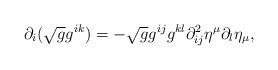
LaTeX: \begin{align*} \partial_{i}(\sqrt{g}g^{ik}) = -\sqrt{g} g^{ij}g^{kl} \partial_{ij}^2\eta^{\mu}\partial_{l}\eta_{\mu}, \end{align*}